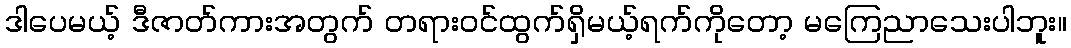
ဒါပေမယ့် ဒီဇာတ်ကားအတွက် တရားဝင်ထွက်ရှိမယ့်ရက်ကိုတော့ မကြေညာသေးပါဘူး။